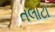
તલાટા